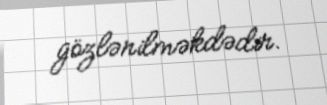
gözlənilməkdədir.